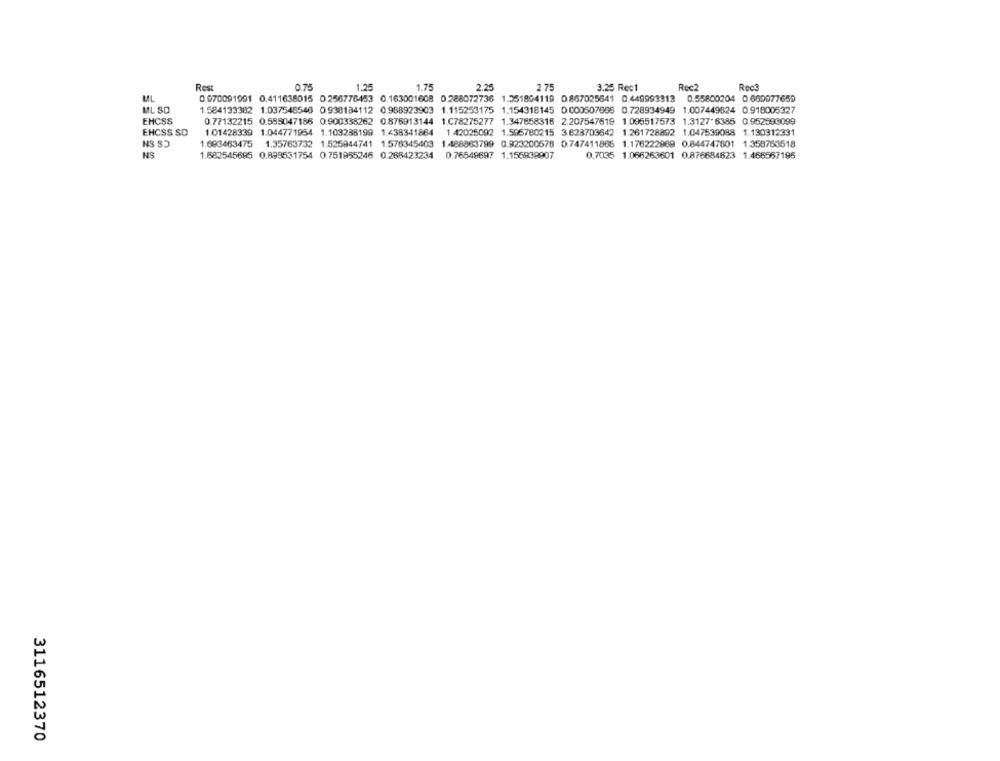
Rest
0.75
1.25
1.75
2.25
2.75
3.25 Rec1
Rec2
Rect
0.070091991 0.411638015 0.256776453 0.163001608 0.288072736 1.551804119 0.867025641 0.449993313 0.55800204 0.660077650
ML SD
1.584133382 1.037548546 0.938184112 0.988923903 1.115253175 1.154318145 0.000507866 0.728934949 1.007449824 0.918005327
EHCSS
0.77132215 0.585047186 0.900338262 0.876913144 1.C78275277 1.347858315 2.207547619 1.095517573 1.3127.6385 0.952593099
EHCSS SD
1.01428339 1.044771954 1.103238199 1.438341864 1.42025092 1.506780215 3.623703642 1.261728892 1.047539088 1.130312331
1.693463475 1.35763732 1.525944741 1.576345403 1.488863799 0.923200578 0.747411866 1.176222969 0.844747801 1.358753518
NS
1.682545695 0.899531754 0.751955246 0.268423234
0.76549697 1.155938907
0.7035 1.066263601 0.876684623 1.466567196
3116512370